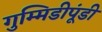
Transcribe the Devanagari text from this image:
गुम्मिडीपूंडी